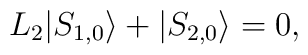
L_2 |S_{1,0}\rangle + |S_{2,0}\rangle = 0,